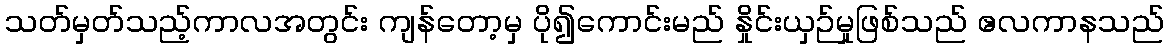
သတ်မှတ်သည့်ကာလအတွင်း ကျန်တော့မှ ပို၍ကောင်းမည် နှိုင်းယှဉ်မှုဖြစ်သည် ဧလကာနသည်